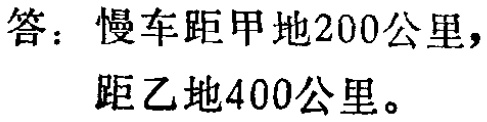
答：慢车距甲地200公里，

距乙地400公里。